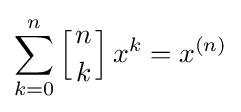
\sum _{k=0}^{n}\left[{n \atop k}\right]x^{k}=x^{(n)}